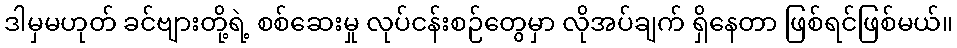
ဒါမှမဟုတ် ခင်ဗျားတို့ရဲ့ စစ်ဆေးမှု လုပ်ငန်းစဉ်တွေမှာ လိုအပ်ချက် ရှိနေတာ ဖြစ်ရင်ဖြစ်မယ်။